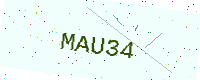
Text: MAU34